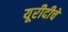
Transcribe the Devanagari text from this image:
यूरीदीचे